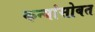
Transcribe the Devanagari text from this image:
कन्यांसोबत